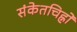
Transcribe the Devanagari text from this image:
संकेतचिह्नों